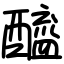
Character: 醯